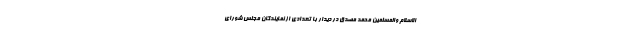
الاسلام والمسلمین محمد مصدق در دیدار با تعدادی از نمایندگان مجلس شورای